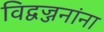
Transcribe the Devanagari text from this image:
विद्वज्जनांना